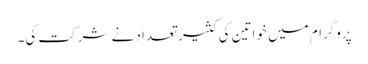
پروگرام میں خواتین کی کثیر تعداد نے شرکت کی۔